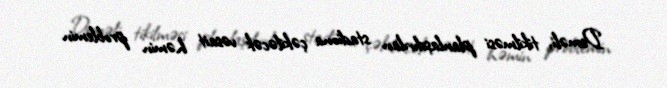
Deməli, tikilməsi planlaşdırılan stadiona çəkiləcək vəsait həmin problemin